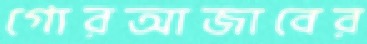
গোরআজাবের